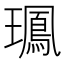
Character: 𤪧